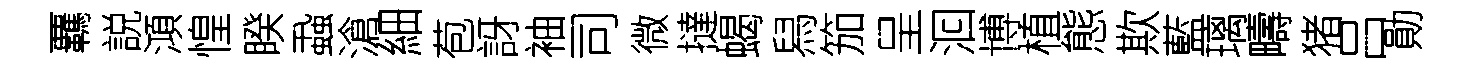
覊説澒惶睽蝨滄細苞訝袖司微撻蝎舄笳呈洄博植態欺藍璃疇猪吕勛